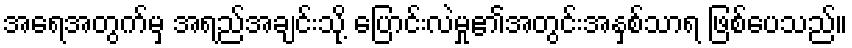
အရေအတွက်မှ အရည်အချင်းသို့ ပြောင်းလဲမှု၏အတွင်းအနှစ်သာရ ဖြစ်ပေသည်။